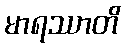
မာရဿာတိ